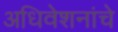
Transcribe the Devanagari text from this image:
अधिवेशनांचे